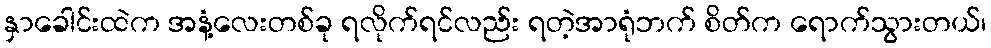
နှာခေါင်းထဲက အနံ့လေးတစ်ခု ရလိုက်ရင်လည်း ရတဲ့အာရုံဘက် စိတ်က ရောက်သွားတယ်၊